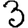
Digit: 3